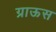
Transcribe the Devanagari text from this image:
ग्राऊस